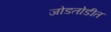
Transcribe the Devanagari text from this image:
जोडतोडीत